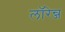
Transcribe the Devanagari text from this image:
लॉरेन्ज